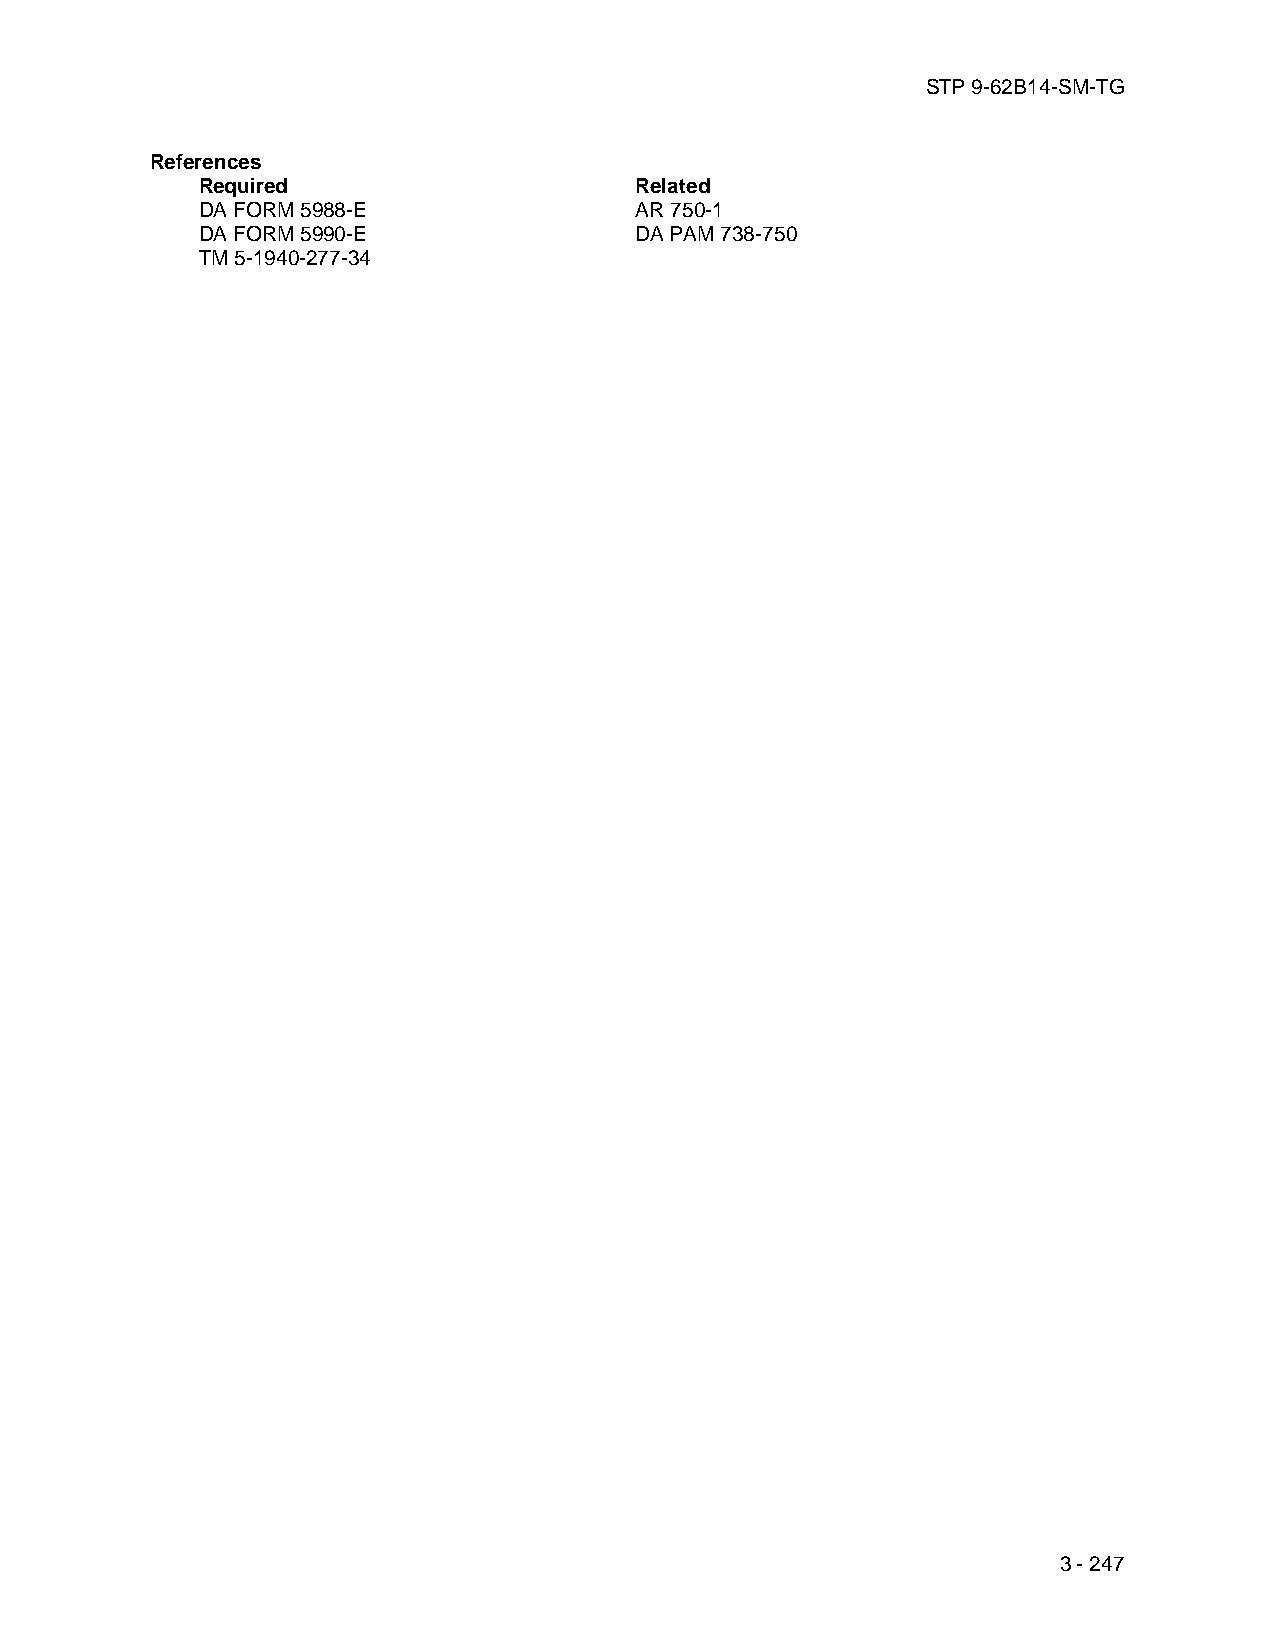
STP 9-62B14-SM-TG
 References
 Required                     Related
 DA FORM 5988-E               AR 750-1
 DA FORM 5990-E               DA PAM 738-750
 TM 5-1940-277-34
 3 - 247